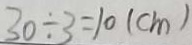
3 0 \div 3 = 1 0 ( c m )